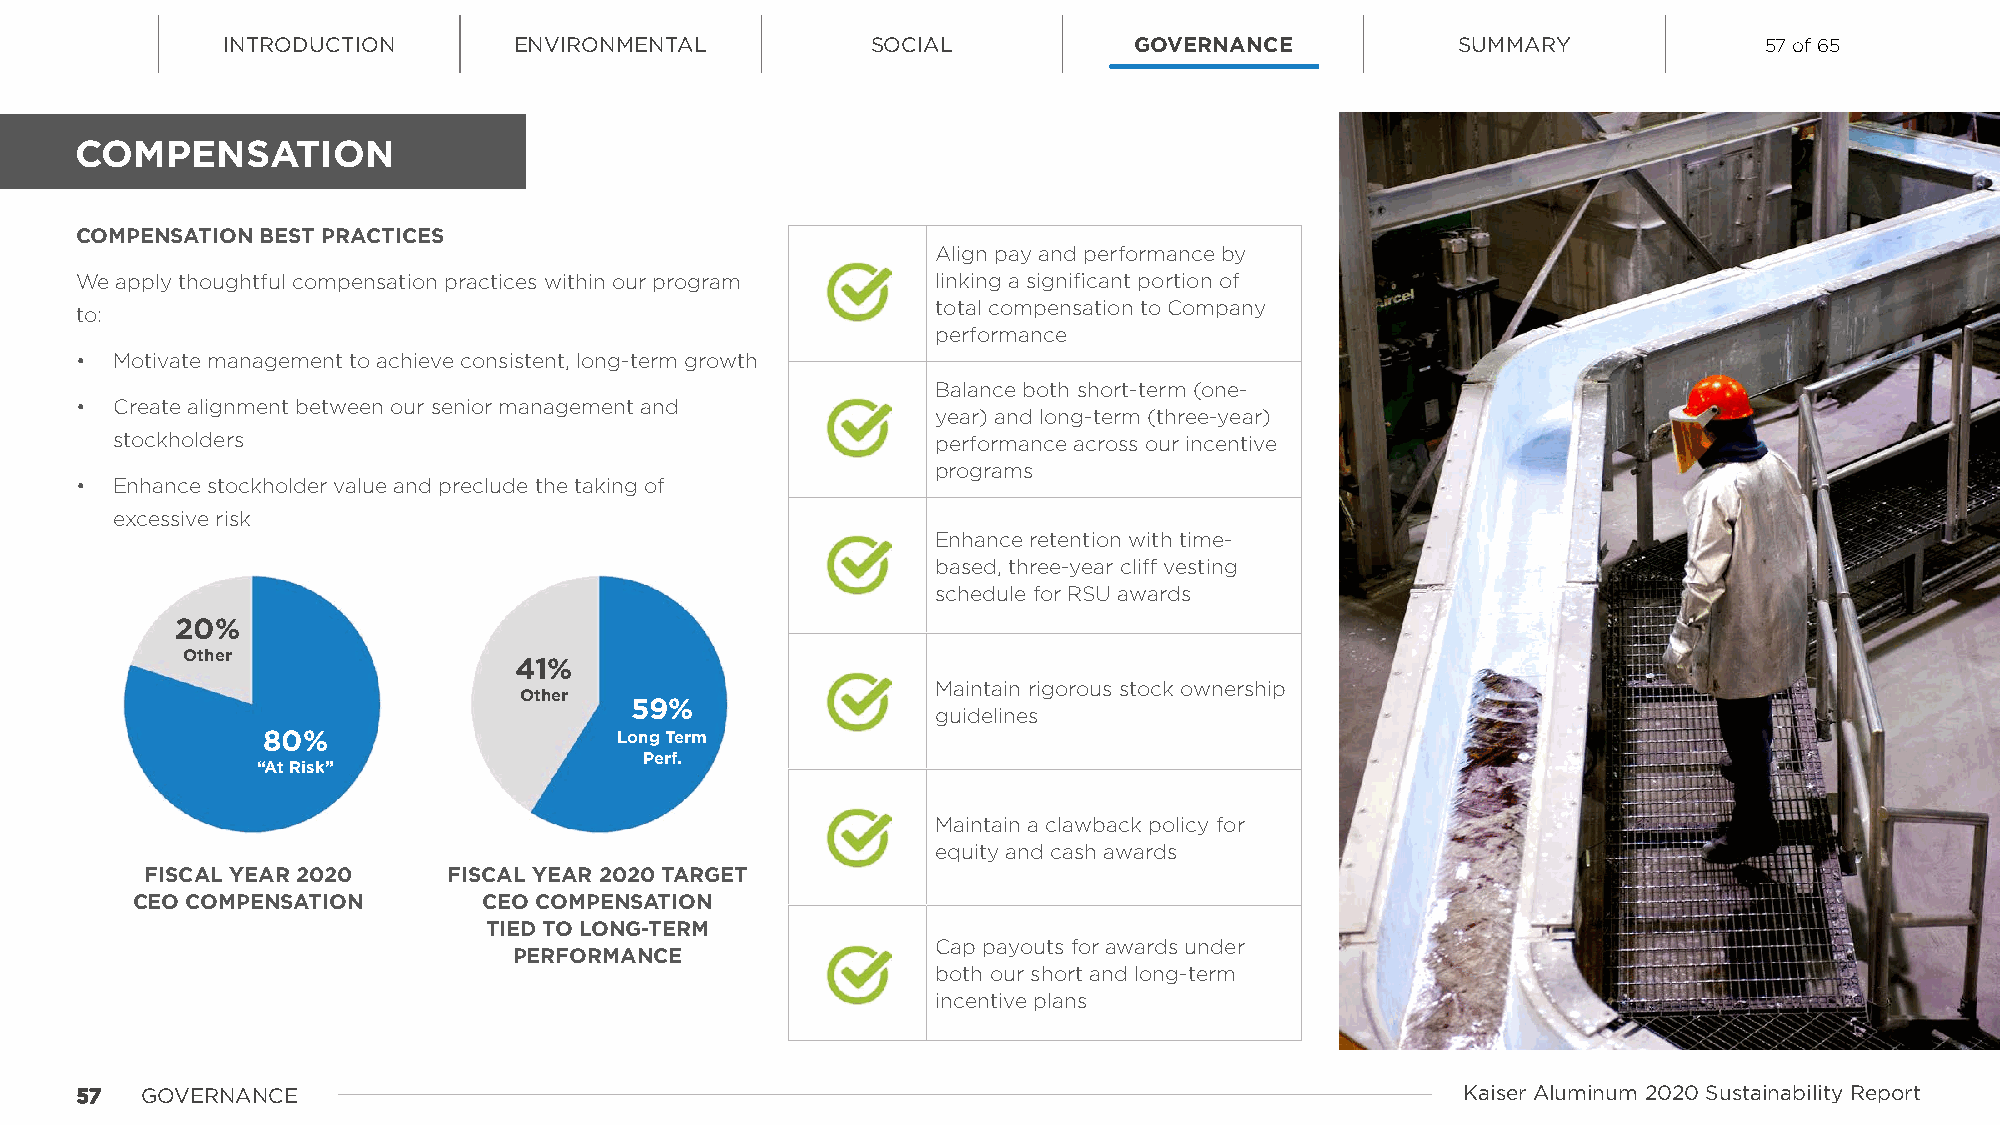
INTRODUCTION       ENVIRONMENTAL           SOCIAL           GOVERNANCE            SUMMARY             57 of 65
 COMPENSATION
 COMPENSATION BEST PRACTICES
 Align pay and performance by
 We apply thoughtful compensation practices within our program linking a significant portion of
 total compensation to Company
 to:
 performance
 • Motivate management to achieve consistent, long-term growth
 Balance both short-term (one-
 • Create alignment between our senior management and
 year) and long-term (three-year)
 stockholders                                           performance across our incentive
 programs
 • Enhance stockholder value and preclude the taking of
 excessive risk
 Enhance retention with time-
 based, three-year cliff vesting
 schedule for RSU awards
 20%
 Other
 41%
 Maintain rigorous stock ownership
 Other
 59%
 guidelines
 80%                     Long Term
 Perf.
 “At Risk”
 Maintain a clawback policy for
 equity and cash awards
 FISCAL YEAR 2020    FISCAL YEAR 2020 TARGET
 CEO COMPENSATION       CEO COMPENSATION
 TIED TO LONG-TERM
 Cap payouts for awards under
 PERFORMANCE
 both our short and long-term
 incentive plans
 5577 GOVERNANCE                                                                             Kaiser Aluminum 2020 Sustainability Report